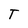
Character: T